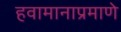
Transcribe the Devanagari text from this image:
हवामानाप्रमाणे